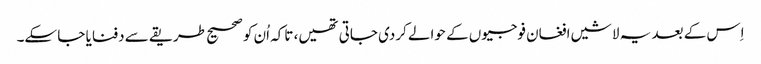
اِس کے بعد یہ لاشیں افغان فوجیوں کے حوالے کردی جاتی تھیں، تاکہ اُن کو صحیح طریقے سے دفنایا جا سکے۔